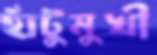
হাঁটুমুখী